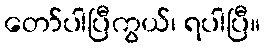
တော်ပါပြီကွယ်၊ ရပါပြီ။